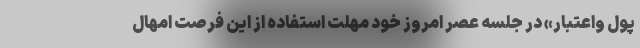
پول واعتبار» در جلسه عصر امروز خود مهلت استفاده از این فرصت امهال